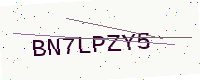
Text: BN7LPZY5